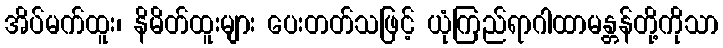
အိပ်မက်ထူး၊ နိမိတ်ထူးများ ပေးတတ်သဖြင့် ယုံကြည်ရာဂါထာမန္တန်တို့ကိုသာ